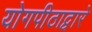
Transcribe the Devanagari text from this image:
योगपीठाद्वारे